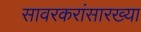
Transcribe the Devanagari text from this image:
सावरकरांसारख्या